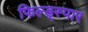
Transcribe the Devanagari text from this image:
फिल्ड्स्पार